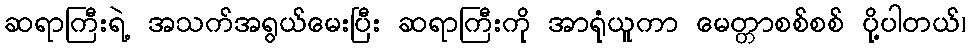
ဆရာကြီးရဲ့ အသက်အရွယ်မေးပြီး ဆရာကြီးကို အာရုံယူကာ မေတ္တာစစ်စစ် ပို့ပါတယ်၊